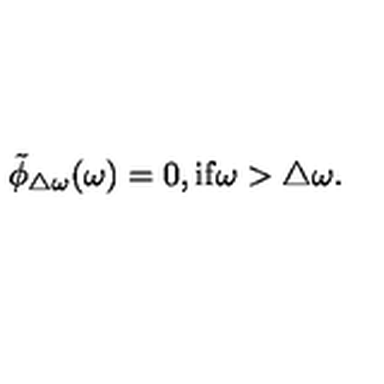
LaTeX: \tilde { \phi } _ { \triangle \omega } ( \omega ) = 0 , \mathrm { i f } \omega > \triangle \omega .